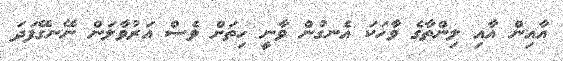
އާއިން އާއި ލިންތާގެ ވާހަކަ އެނގުން ވާނީ ހިތަށް ވެސް އަރުވާލަން ނޭނގޭފަދަ